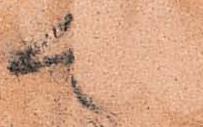
可